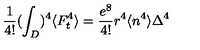
\frac { 1 } { 4 ! } ( \int _ { D } ) ^ { 4 } \langle F _ { t } ^ { 4 } \rangle = \frac { e ^ { 8 } } { 4 ! } r ^ { 4 } \langle n ^ { 4 } \rangle \Delta ^ { 4 }